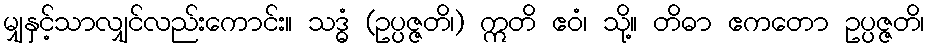
မျှနှင့်သာလျှင်လည်းကောင်း။ သဒ္ဓံ (ဥပ္ပဇ္ဇတိ၊) ဣတိ ဧဝံ၊ သို့။ တိဓာ ဧကတော ဥပ္ပဇ္ဇတိ၊